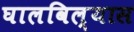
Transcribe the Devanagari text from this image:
घालविल्यास